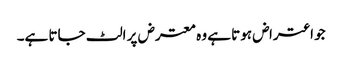
جو اعتراض ہوتا ہے وہ معترض پر الٹ جاتا ہے۔